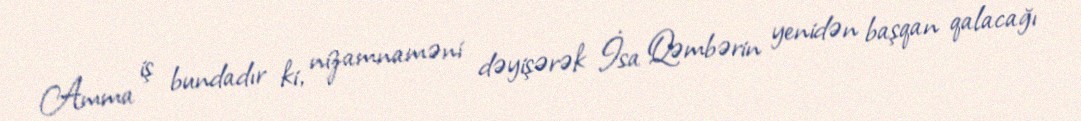
Amma iş bundadır ki, nizamnaməni dəyişərək İsa Qəmbərin yenidən başqan qalacağı